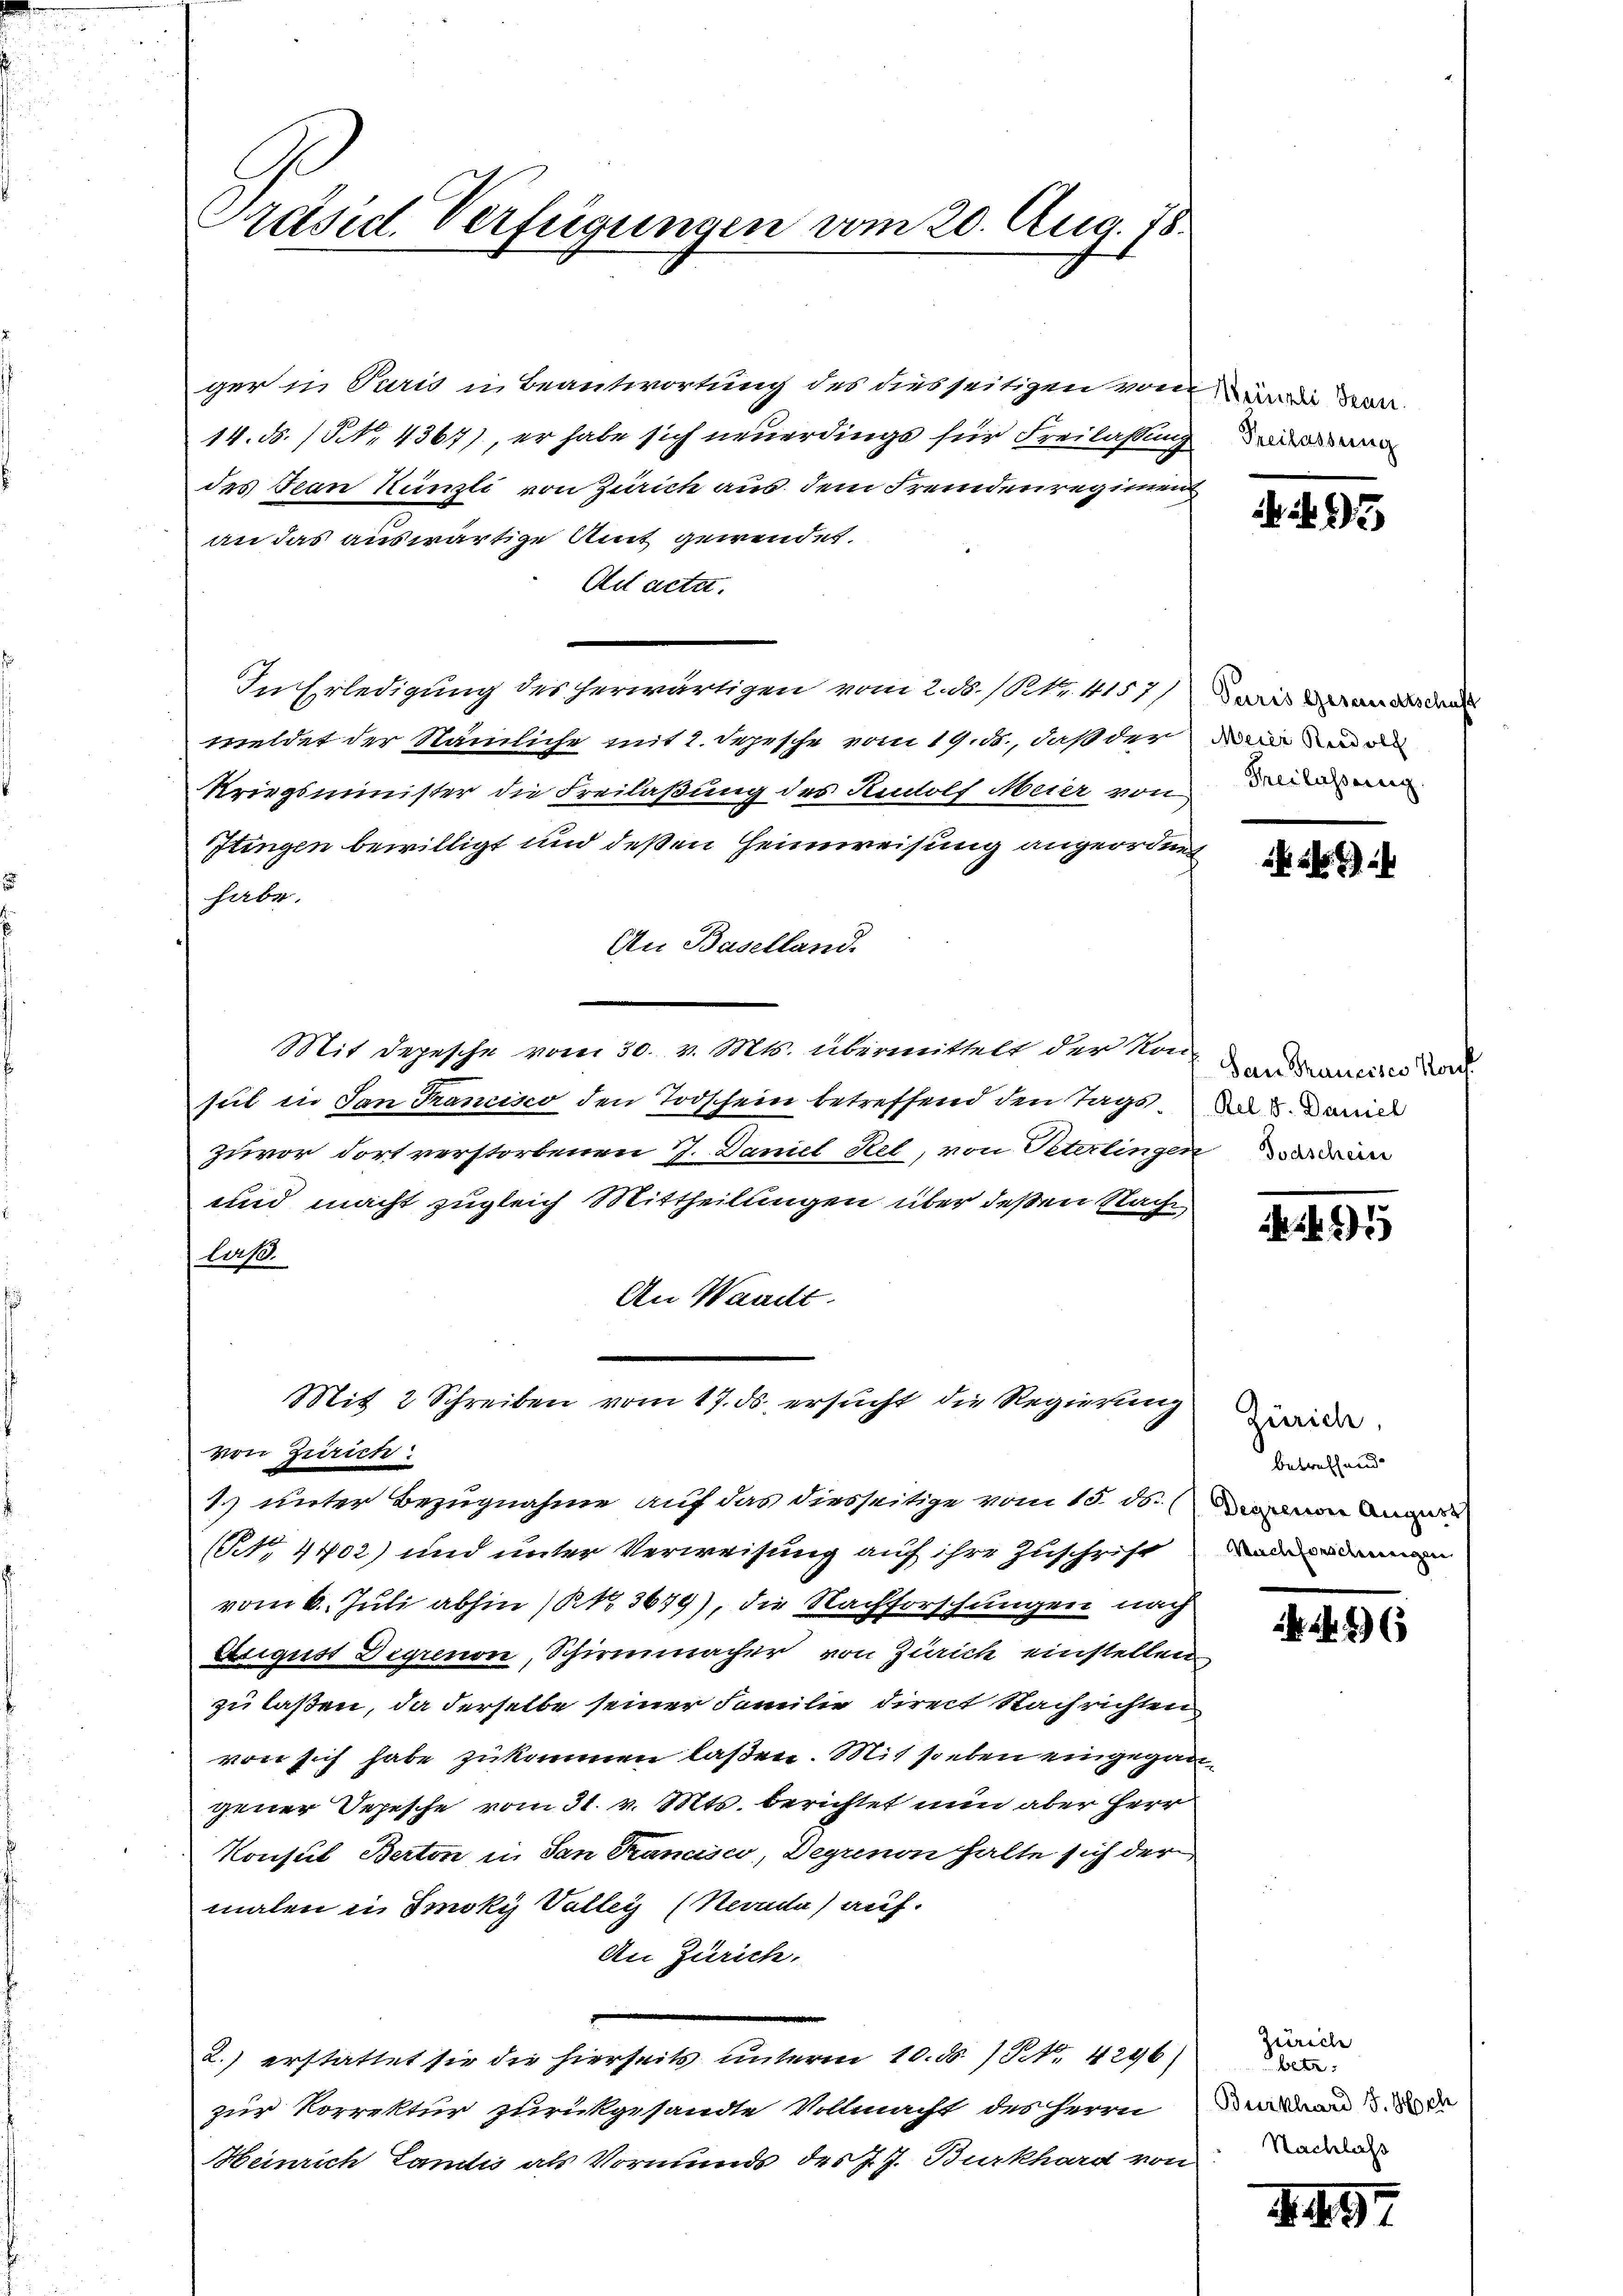
Präsid. Verfügungen vom 20. Aug. 78.

ger in Turis u. Beantwortung des dies seitigen von
14. ds. / No. 4367), er habe sich neuerdings für Freilassung
des an Künzli von Zürich aus dem Fremdenregimen
an das auswärtige Amt gewendet.
Ad acta.
In Erledigung des herwärtigen vom 2. ds. (Nr. 4157)
meldet der Nämliche mit 2. Depesche vom 19. ds., daß der die a
Kriegsminister die Freilaßung des Rudolf Meier von
Itingen bewilligt und deßen Heimreisung angeorden
habe.
An Baselland.
Mit Depesche vom 30. v. Mts. übermittelt der Kon
sich in den Trancisco den Todschein betreffend den Tagszuvor dort verstorbenen J. Daniel Rel, von Peterlinger
und macht zugleich Mittheilungen über deßen Nach
las
An Waadt.
Mit 2 Schreiben vom 17. ds. ersucht, die Regierung
von Zürich
1. unter Bezugnahme auf das diesseitige vom 15. ds.
(N. 4402) und unter Verweisung auf ihre Zuschrift
vom 6. Juli abhin (§ 3679), die Nachforschungen nach
August Degrenon, Schirmmacher von Zürich einstellen.
zu laßen, da derselbe seiner Familie direct Nachrichten
von sich habe zukommen laßen. Mit soeben eingega
gener Depesche vom 31. v. Mts. berichtet nun aber Herr
Konsul Berton in San Tranasco, Degrenon halte sich der
malen in Imoky Volleg (Nevada) auf.
An Zürich.
2.) erstattet sie die hierseits unterm 10. d. 19. 4296)
zur Korrektur zurückgesandte Vollmacht des Herrn
Heinrich Landis als Vormunds des J. J. Burkhard von

f Weinali dran.
Freilassung

3

Paris Gesandtschaft
Theilassung.

San Francises Konf
Rel. V. Daniel
d Todscheine

45

Zürich,
betreffend
Deprenone August
Vachforscheinigen |

26

Zürich
betr.
Burkhard J. Sch
Nachlass

1. 197